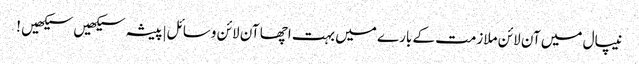
نیپال میں آن لائن ملازمت کے بارے میں بہت اچھا آن لائن وسائل|پیشہ سیکھیں سیکھیں !